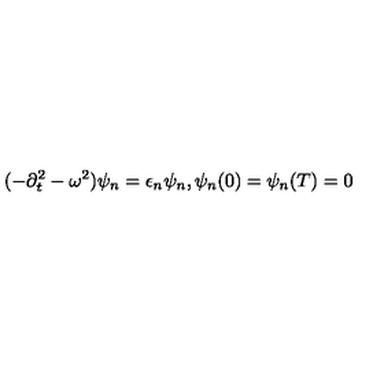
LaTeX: ( - \partial _ { t } ^ { 2 } - \omega ^ { 2 } ) \psi _ { n } = \epsilon _ { n } \psi _ { n } , \psi _ { n } ( 0 ) = \psi _ { n } ( T ) = 0